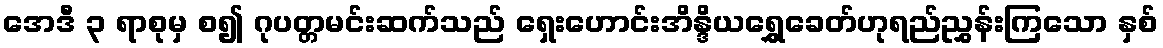
အေဒီ ၃ ရာစုမှ စ၍ ဂုပတ္တမင်းဆက်သည် ရှေးဟောင်းအိန္ဒိယရွှေခေတ်ဟုရည်ညွှန်းကြသော နှစ်